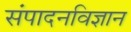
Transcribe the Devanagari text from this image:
संपादनविज्ञान